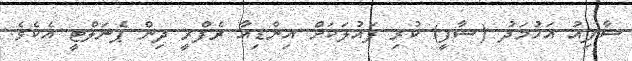
ޝާފިއު އަހުމަދު (ޝާފީ) ކުރި ފައުލަކަށް އިންޑިއާ ރެފްރީ ދިން ޕެނަލްޓީ އެކެވެ.